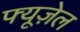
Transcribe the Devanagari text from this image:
फ्यूज़ेल